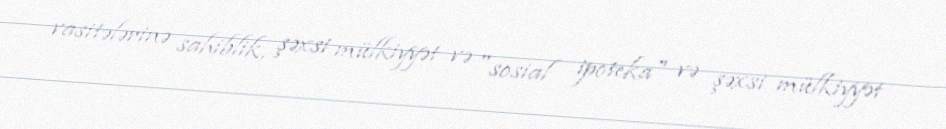
vasitələrinə sahiblik, şəxsi mülkiyyət və "sosial ipoteka" və şəxsi mülkiyyət